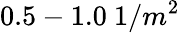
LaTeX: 0.5-1.0~1/m^{2}